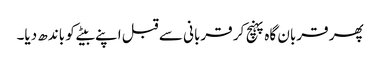
پھر قربان گاہ پہنچ کر قربانی سے قبل اپنے بیٹے کو باندھ دیا۔